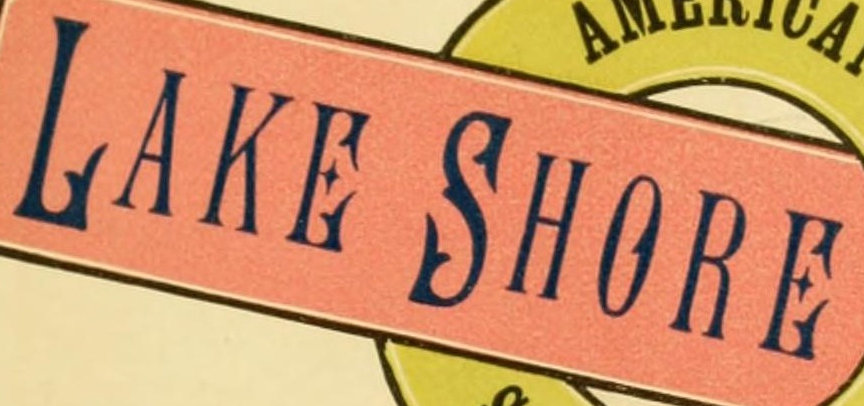
LAKE SHORE